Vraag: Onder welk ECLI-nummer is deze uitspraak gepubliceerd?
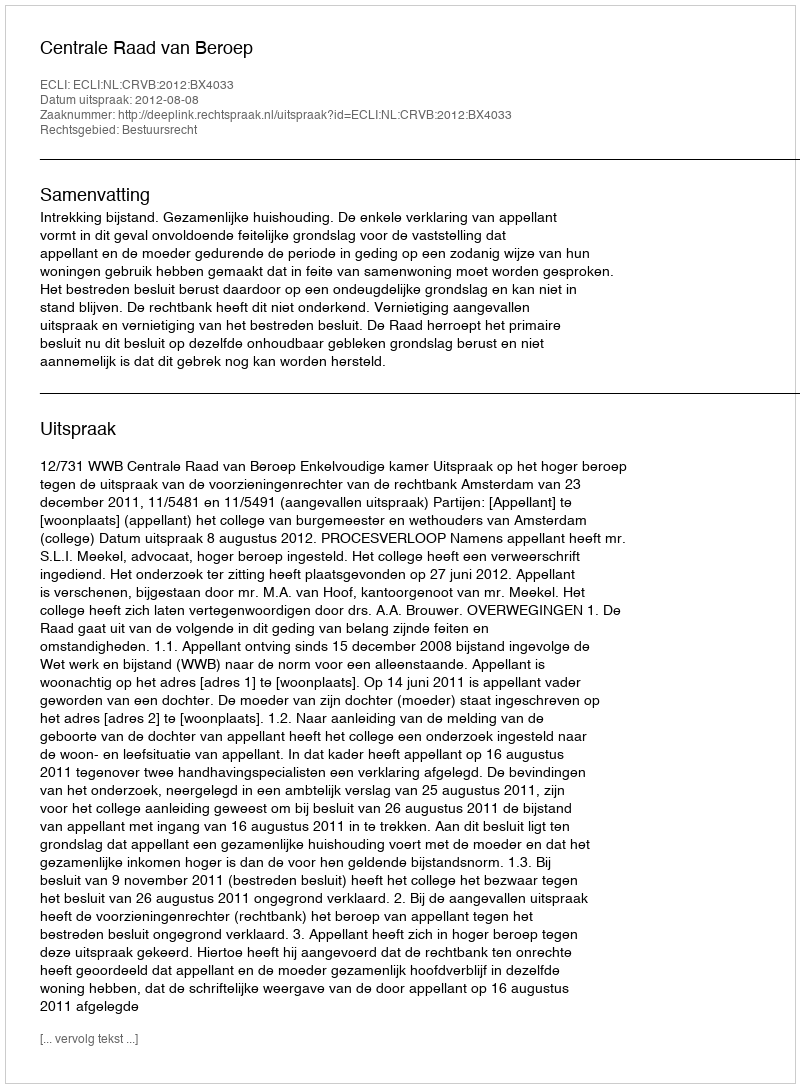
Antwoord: ECLI:NL:CRVB:2012:BX4033